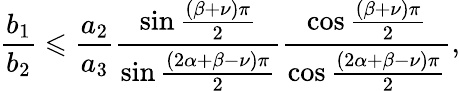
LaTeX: \frac{b_{1}}{b_{2}}\leqslant\frac{a_{2}}{a_{3}}\frac{\sin\frac{\left(\beta+\nu\right)\pi}{2}}{\sin\frac{\left(2\alpha+\beta-\nu\right)\pi}{2}}\frac{\cos\frac{\left(\beta+\nu\right)\pi}{2}}{\cos\frac{\left(2\alpha+\beta-\nu\right)\pi}{2}},